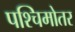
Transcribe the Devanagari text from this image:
पश्चिमोतर